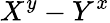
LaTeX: X^{y}-Y^{x}